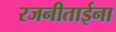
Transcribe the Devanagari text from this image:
रजनीताईना